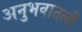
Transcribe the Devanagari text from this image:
अनुभवातली